Indian journal of veterinary science and animal husbandry - Volume 1,
Year: 1931
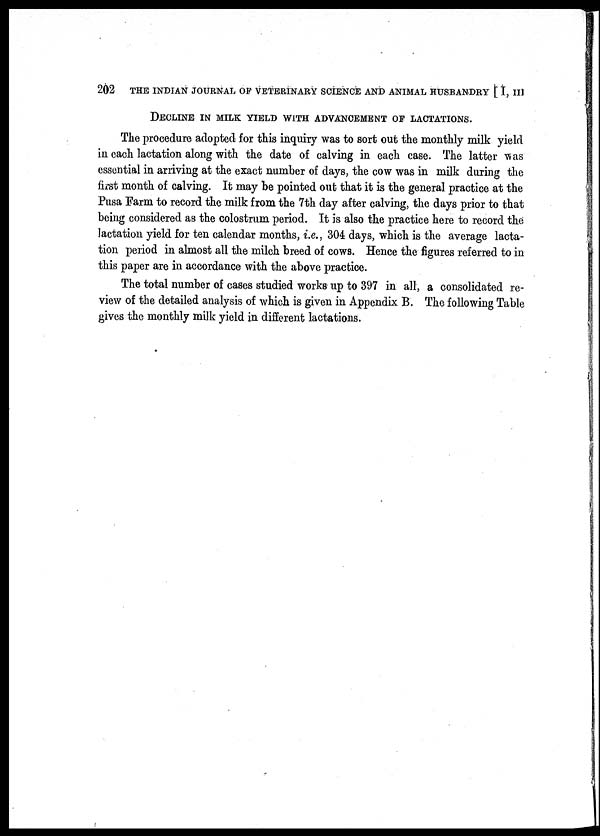
202
THE INDIAN JOURNAL OF VETERINARY SCIENCE AND ANIMAL HUSBANDRY [ I, III
DECLINE IN MILK YIELD WITH ADVANCEMENT OF LACTATIONS.
The procedure adopted for this inquiry was to sort out the monthly milk yield
in each lactation along with the date of calving in each case. The latter was
essential in arriving at the exact number of days, the cow was in milk during the
first month of calving. It may be pointed out that it is the general practice at the
Pusa Farm to record the milk from the 7th day after calving, the days prior to that
being considered as the colostrum period. It is also the practice here to record the
lactation yield for ten calendar months, i.e., 304 days, which is the average lacta-
tion period in almost all the milch breed of cows. Hence the figures referred to in
this paper are in accordance with the above practice.
The total number of cases studied works up to 397 in all, a consolidated re-
view of the detailed analysis of which is given in Appendix B. The following Table
gives the monthly milk yield in different lactations.